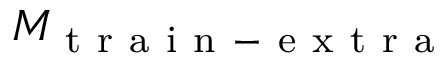
M _ { \mathrm { ~ t ~ r ~ a ~ i ~ n ~ - ~ e ~ x ~ t ~ r ~ a ~ } }